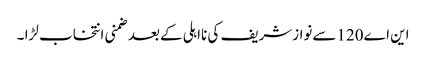
این اے120سےنوازشریف کی نااہلی کےبعدضمنی انتخاب لڑا ۔